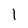
Character: 1